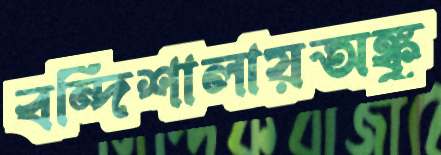
বন্দিশালায়অঙ্কু